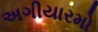
અગીયારમો